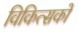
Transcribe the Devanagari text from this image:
विकित्सकों